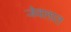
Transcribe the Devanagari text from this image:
जेवलात